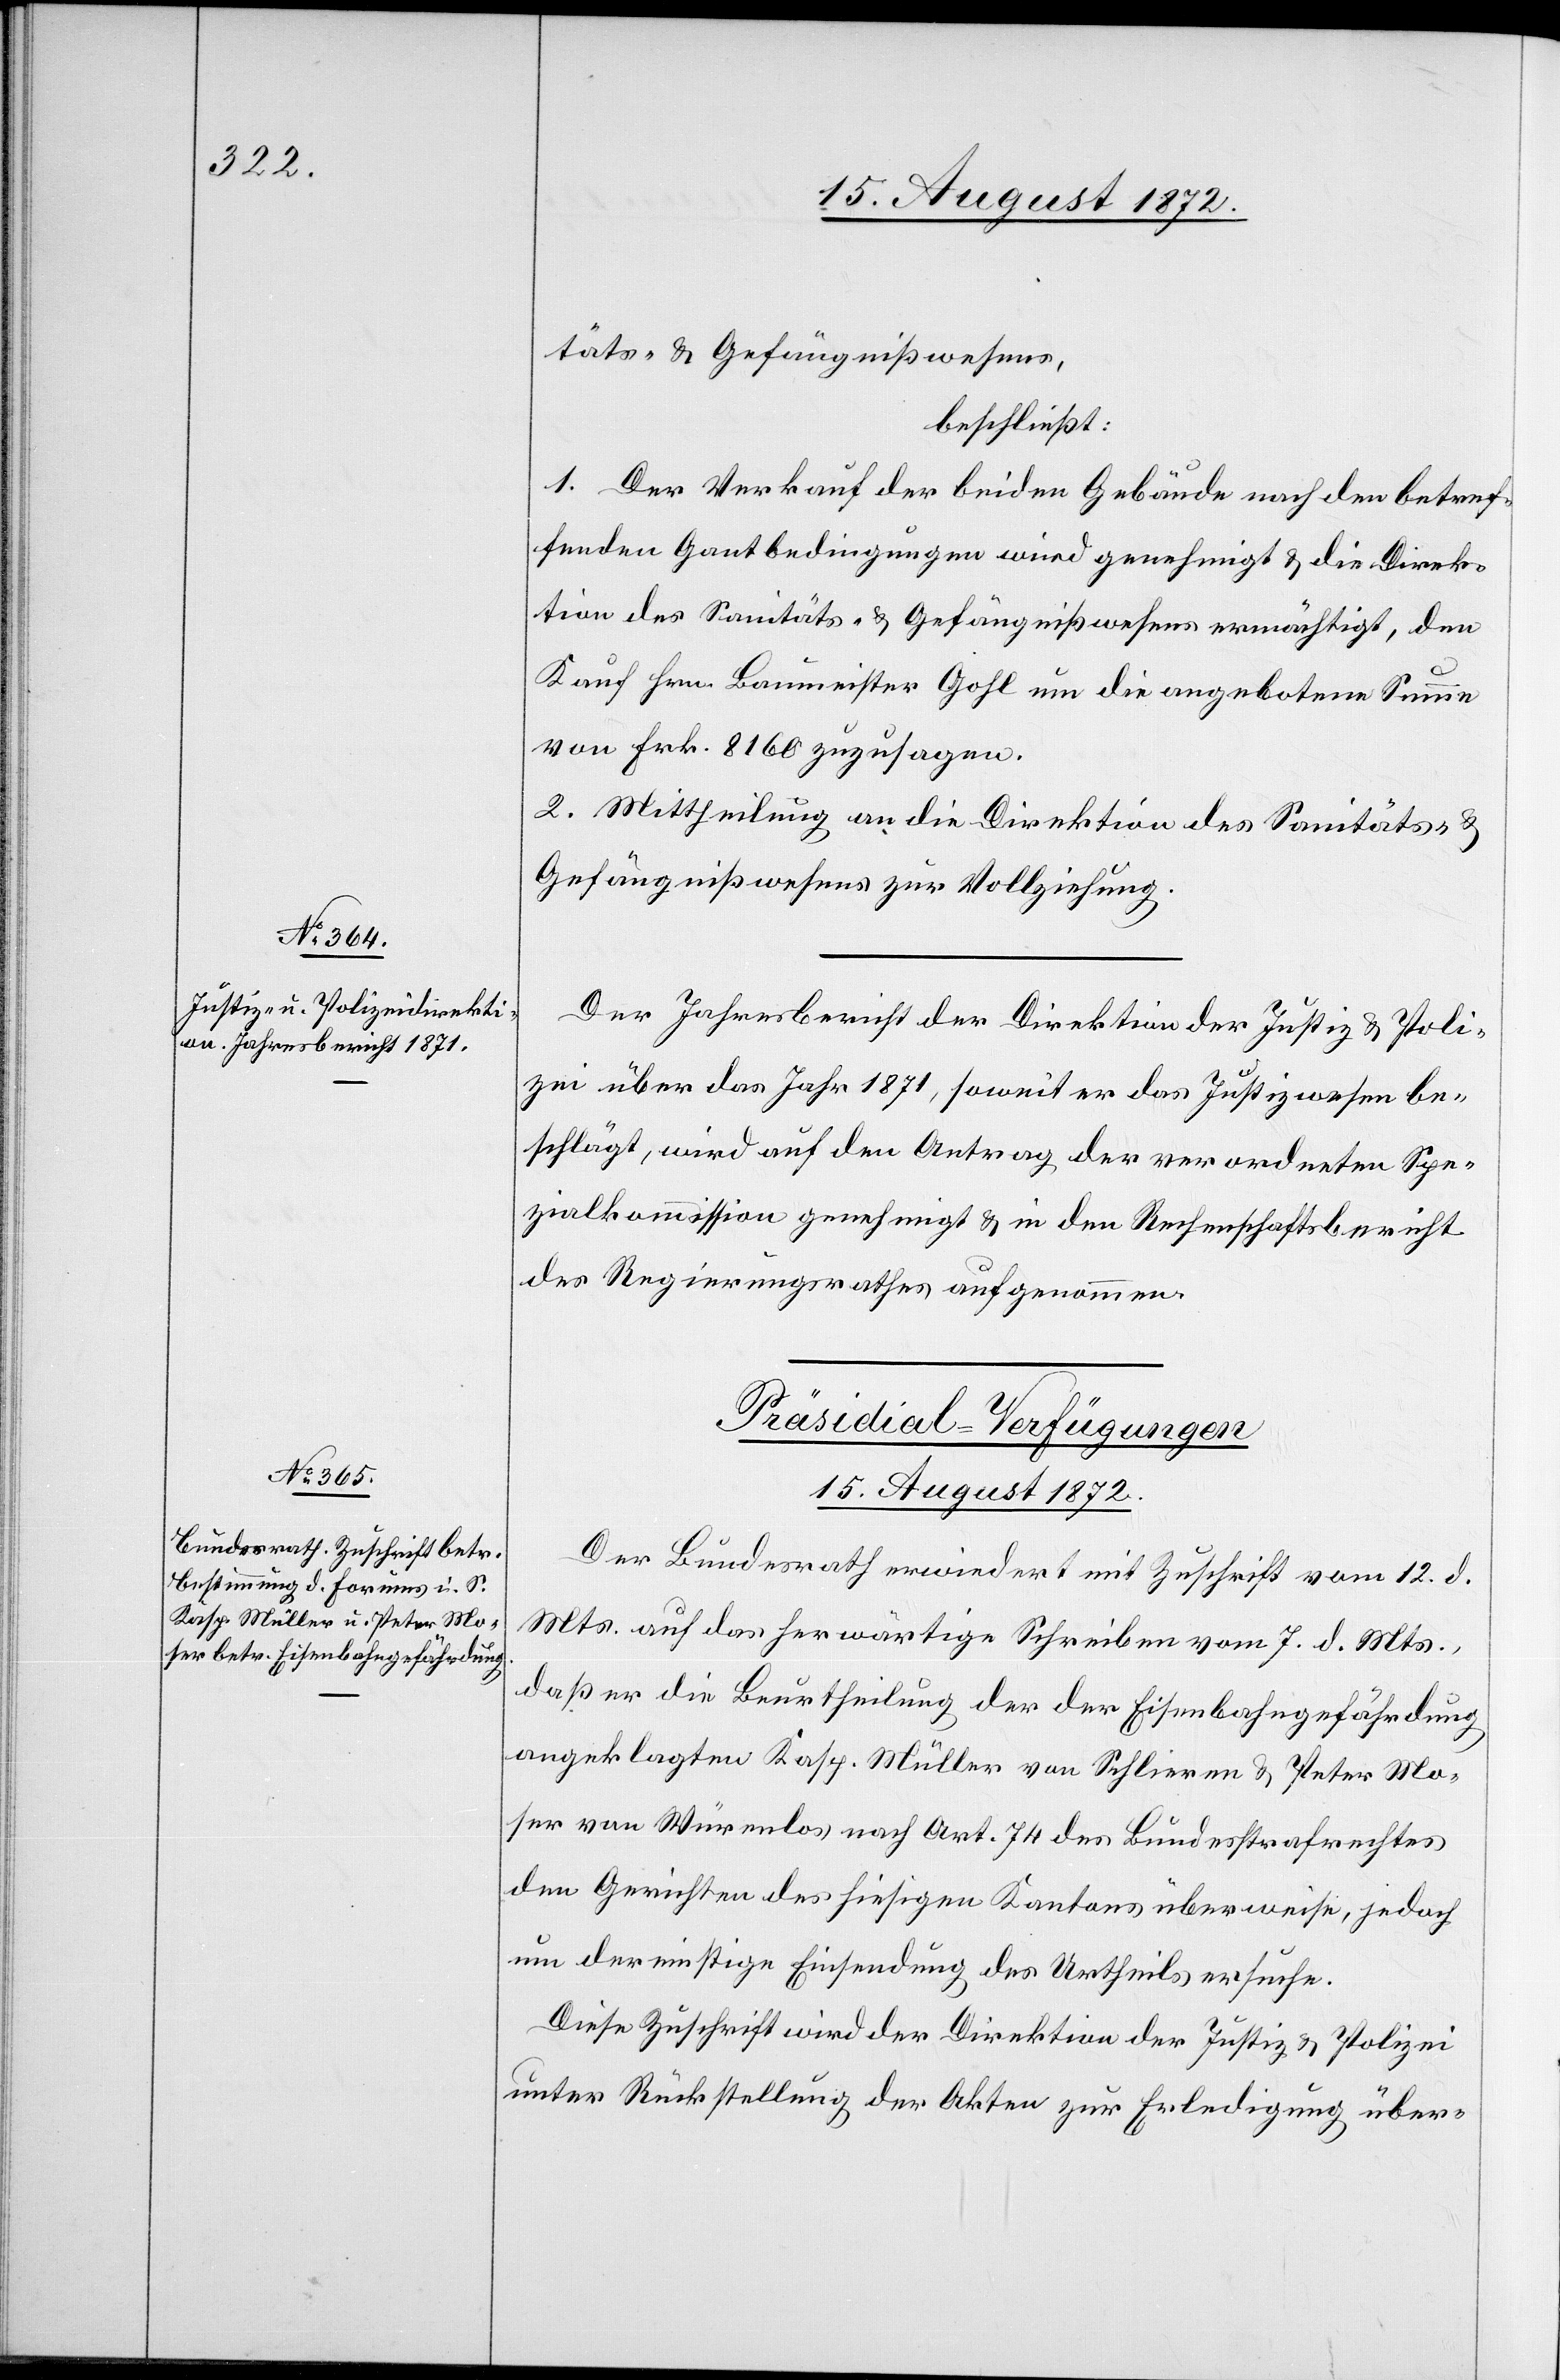
täts- u. Gefängnißwesens,
beschließt:
1. Der Verkauf der beiden Gebäude nach den betref¬
fenden Gantbedingungen wird genehmigt u. die Direk¬
tion des Sanitäts- u. Gefängnißwesens ermächtigt, den
Kauf Hrn. Baumeister Gohl um die angebotene Summe
von Frk. 8160 zuzusagen.
2. Mittheilung an die Direktion des Sanitäts- u.
Gefängnißwesens zur Vollziehung.
Der Jahresbericht der Direktion der Justiz u. Poli¬
zei über das Jahr 1871, soweit er das Justizwesen be¬
schlägt, wird auf den Antrag der verordneten Spe¬
zialkommission genehmigt u. in den Rechenschaftsbericht
des Regierungsrathes aufgenommen.
Präsidial-Verfügungen
15. August 1872.
Der Bundesrath erwiedert mit Zuschrift vom 12. d.
Mts. auf das herwärtige Schreiben vom 7. d. Mts.,
daß er die Beurtheilung der der Eisenbahngefährdung
angeklagten Kasp. Müller von Schlieren u. Peter Mo¬
ser von Würenlos nach Art. 74 des Bundesstrafrechtes
den Gerichten des hiesigen Kantons überweise, jedoch
um dereinstige Einsendung des Urtheils ersuche.
Diese Zuschrift wird der Direktion der Justiz u. Polizei
unter Rückstellung der Akten zur Erledigung über-